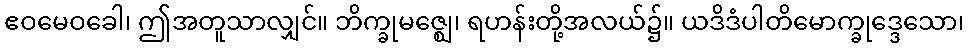
ဧဝမေဝခေါ၊ ဤအတူသာလျှင်။ ဘိက္ခုမဇ္ဈေ၊ ရဟန်းတို့အလယ်၌။ ယဒိဒံပါတိမောက္ခုဒ္ဒေသော၊